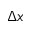
\Delta x